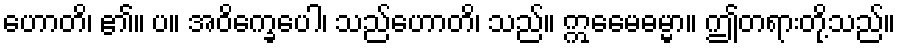
ဟောတိ၊ ၏။ ပ။ အဝိက္ခေပေါ၊ သည်ဟောတိ၊ သည်။ ဣေမေဓမ္မာ။ ဤတရားတို့သည်။